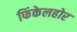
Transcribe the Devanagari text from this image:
फिंकेलहोर